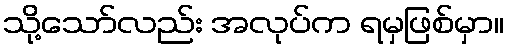
သို့သော်လည်း အလုပ်က ရမှဖြစ်မှာ။